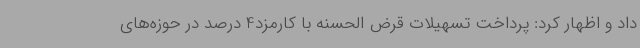
داد و اظهار کرد: پرداخت تسهیلات قرض الحسنه با کارمزد4 درصد در حوزه‌های